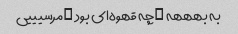
به بهههه …چه قهوه‌ای بود …مرسیییی